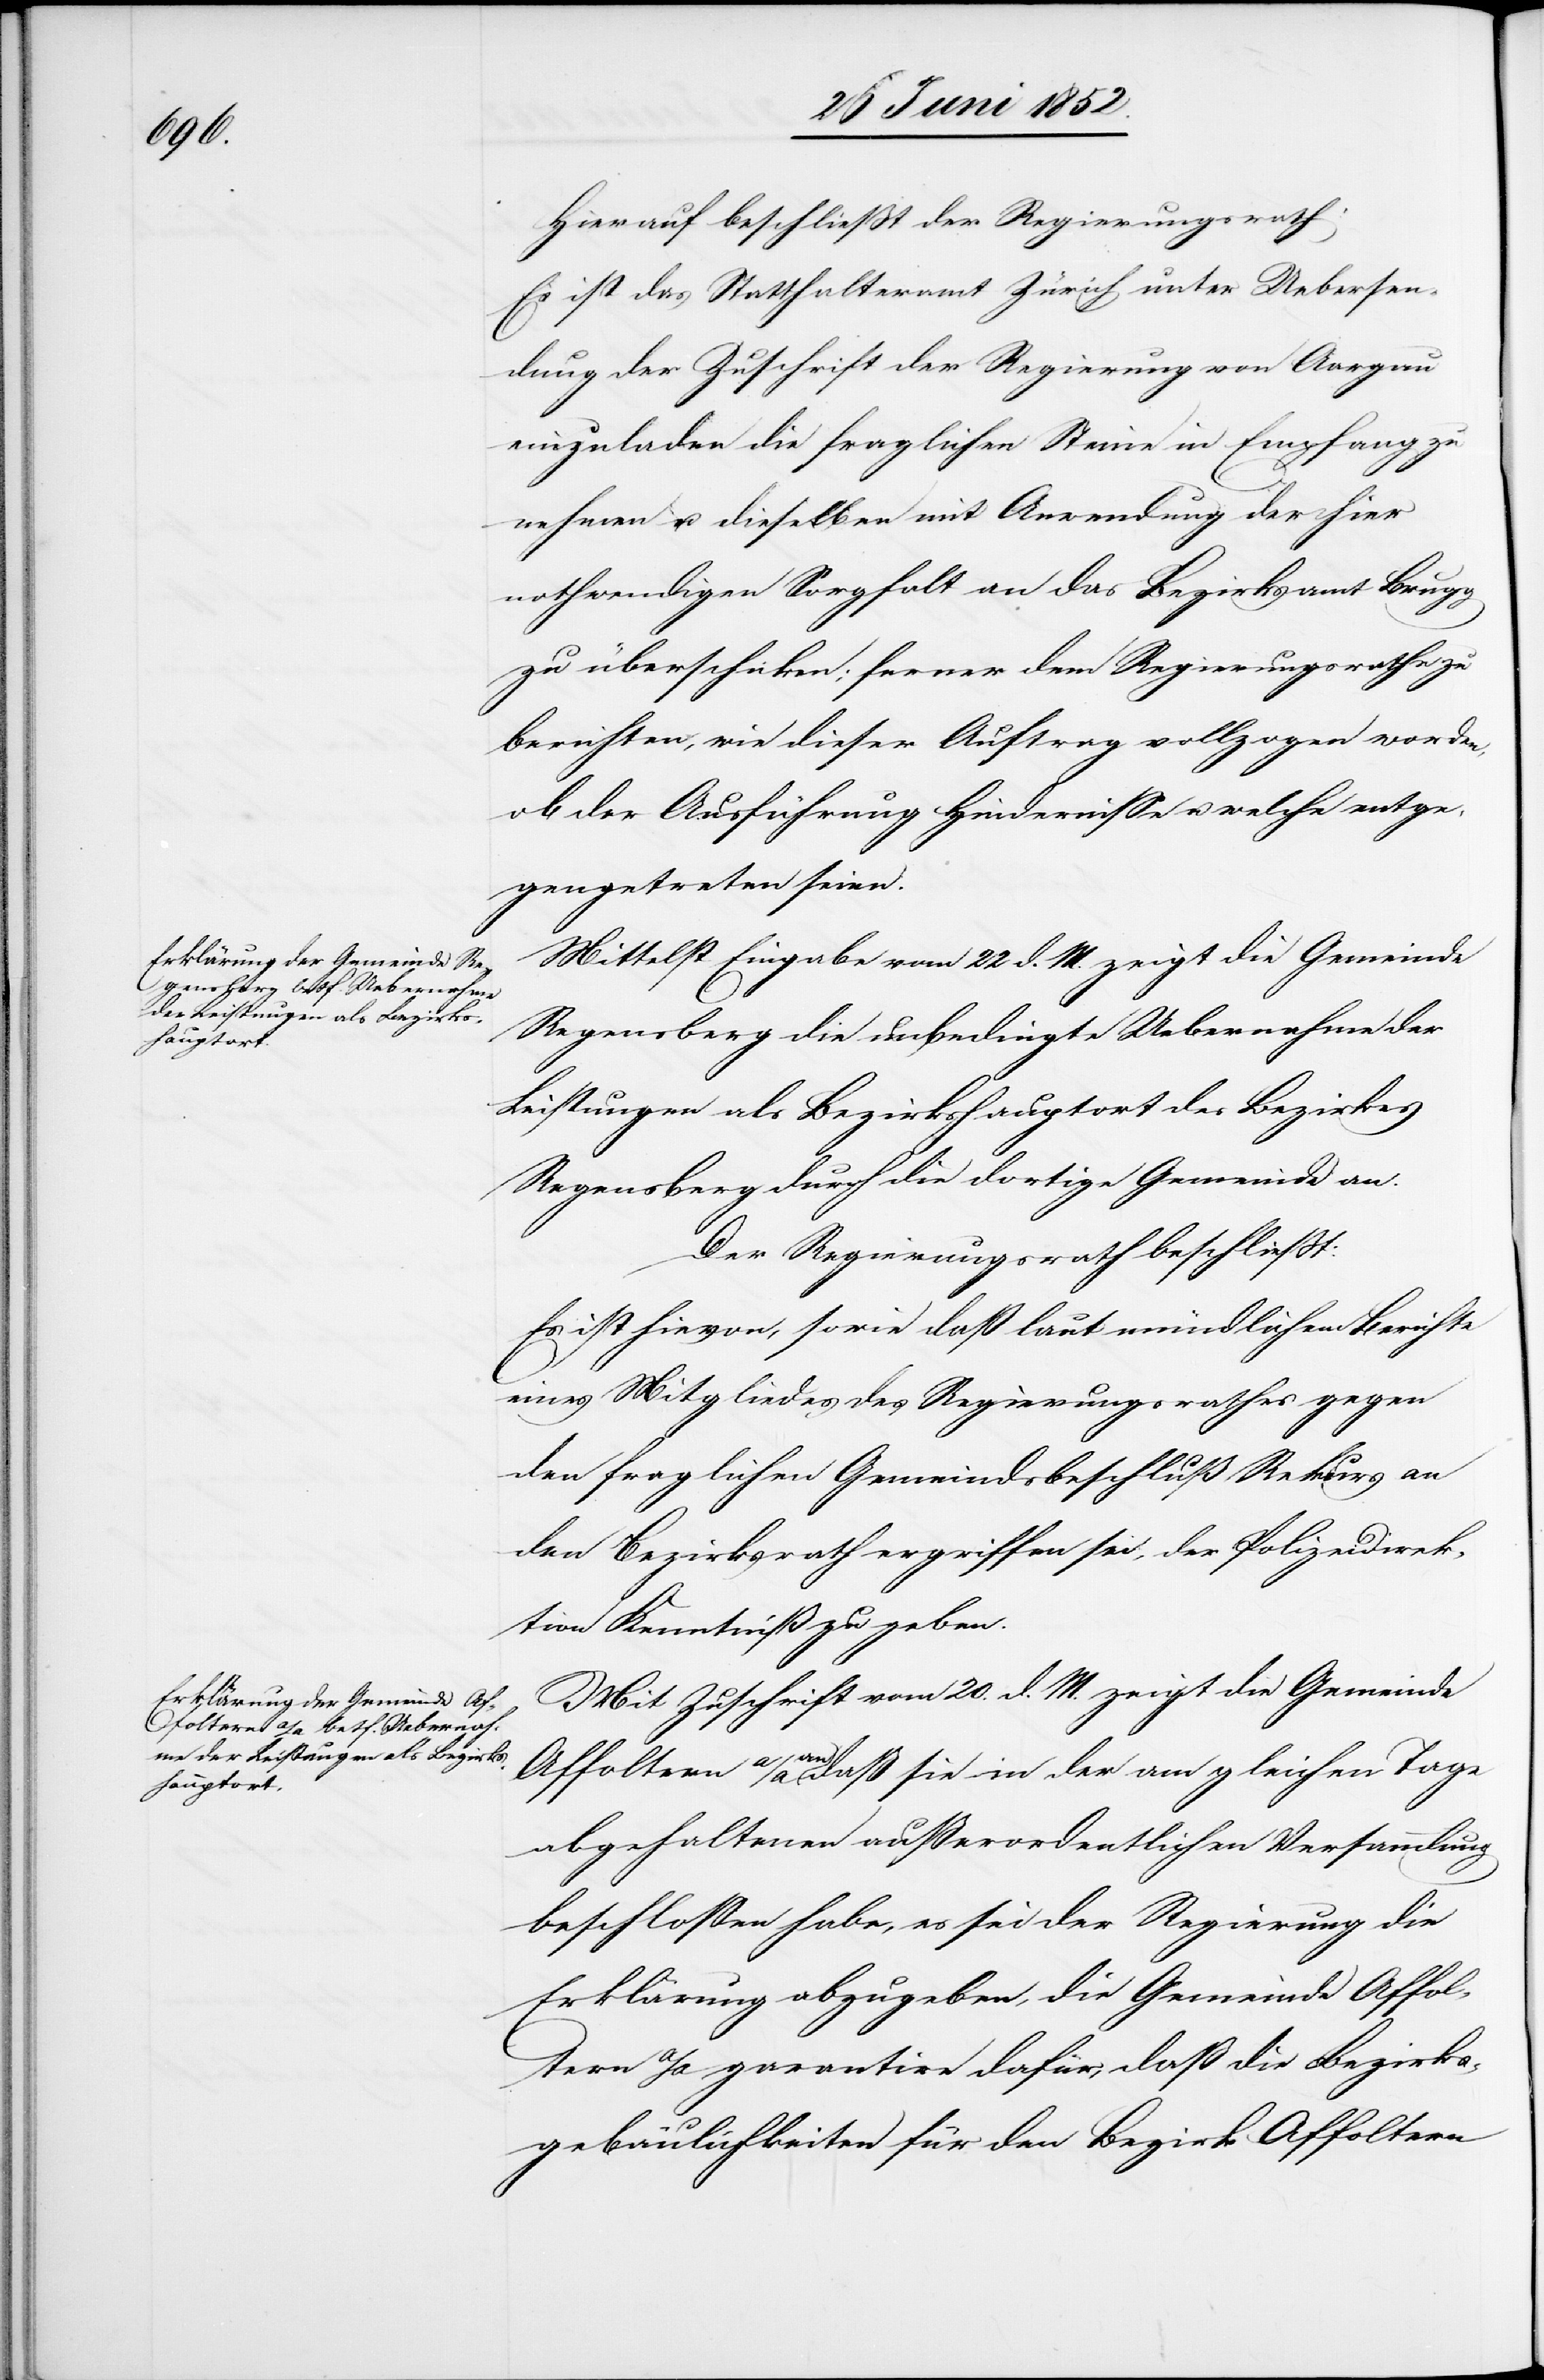
Hierauf beschliesst der Regierungsrath:
Es ist das Statthalteramt Zürich unter Uebersen¬
dung der Zuschrift der Regierung von Aargau
einzuladen die fraglichen Steine in Empfang zu
nehmen u. dieselben mit Anwendung der hier
nothwendigen Sorgfalt an das Bezirksamt Brugg
zu überschicken; ferner dem Regierungsrathe zu
berichten, wie dieser Auftrag vollzogen worden,
ob der Ausführung Hindernisse u. welche entge¬
gengetreten seien.
Mittelst Eingabe vom 22 d. M. zeigt die Gemeinde
Regensberg die unbedingte Uebernahme der
Leistungen als Bezirkshauptort des Bezirkes
Regensberg durch die dortige Gemeinde an.
Der Regierungsrath beschliesst:
Es ist hievon, sowie daß laut mündlichem Berichte
eines Mitgliedes des Regierungsrathes gegen
den fraglichen Gemeindsbeschluß Rekurs an
den Bezirksrath ergriffen sei, der Polizeidirek¬
tion Kenntniß zu geben.
Mit Zuschrift vom 20. d. M. zeigt die Gemeinde
Affoltern a/A an daß sie in der am gleichen Tage
abgehaltenen ausserordentlichen Versammlung
beschlossen habe, es sei der Regierung die
Erklärung abzugeben, die Gemeinde Affol¬
tern a/A garantire dafür, daß die Bezirks¬
gebäulichkeiten für den Bezirk Affoltern